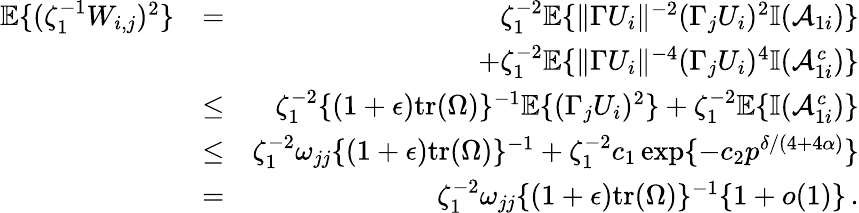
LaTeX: \begin{array}{rlr}{{\mathbb{E}}\{ (\zeta_{1}^{-1}W_{i,j})^{2}\} }&{=}&{\zeta_{1}^{-2}{\mathbb{E}}\{ \| \Gamma U_{i}\| ^{-2}(\Gamma_{j}U_{i})^{2}{\mathbb{I}}(\mathcal{A}_{1i})\} }\\ &{}&{+\zeta_{1}^{-2}{\mathbb{E}}\{ \| \Gamma U_{i}\| ^{-4}(\Gamma_{j}U_{i})^{4}{\mathbb{I}}(\mathcal{A}_{1i}^{c})\} }\\ &{\leq}&{\zeta_{1}^{-2}\{ (1+\epsilon)\mathrm{tr}(\Omega)\} ^{-1}{\mathbb{E}}\{ (\Gamma_{j}U_{i})^{2}\} +\zeta_{1}^{-2}{\mathbb{E}}\{ {\mathbb{I}}(\mathcal{A}_{1i}^{c})\} }\\ &{\leq}&{\zeta_{1}^{-2}\omega_{jj}\{ (1+\epsilon)\mathrm{tr}(\Omega)\} ^{-1}+\zeta_{1}^{-2}c_{1}\exp\{ -c_{2}p^{\delta/(4+4\alpha)}\} }\\ &{=}&{\zeta_{1}^{-2}\omega_{jj}\{ (1+\epsilon)\mathrm{tr}(\Omega)\} ^{-1}\{ 1+o(1)\} \, .}\end{array}